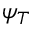
\psi _ { T }